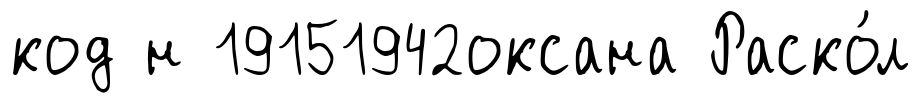
код н 19151942оксана Раско́л